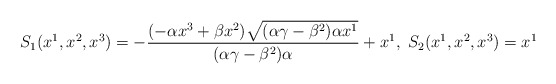
\begin{align*}S_1(x^1,x^2,x^3)=-\frac{(-\alpha x^3+\beta x^2)\sqrt{(\alpha\gamma-\beta^2)\alpha x^1}}{(\alpha\gamma-\beta^2)\alpha}+x^1,\,\, S_2(x^1,x^2,x^3)=x^1\end{align*}